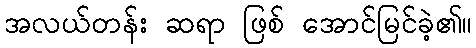
အလယ်တန်း ဆရာ ဖြစ် အောင်မြင်ခဲ့၏။